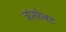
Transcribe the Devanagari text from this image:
ट्रांस्फ़ेक्ट